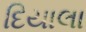
દિયાલા